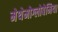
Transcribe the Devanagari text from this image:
मेथेमोग्लोबेमिया